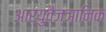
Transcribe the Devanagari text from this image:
आर्युवैज्ञानिक